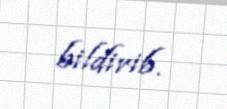
bildirib.